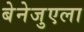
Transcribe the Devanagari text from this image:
बेनेजुएला